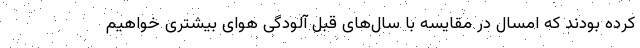
کرده بودند که امسال در مقایسه با سال‌های قبل آلودگی هوای بیشتری خواهیم